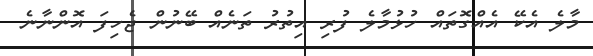
މާލެ އެކޭ އެއްގޮތައް ހުޅުމާލެ ފުރި އިތުރު ތަނެއް ބޭނުން ޖެހިފަ އޮންނާނެ